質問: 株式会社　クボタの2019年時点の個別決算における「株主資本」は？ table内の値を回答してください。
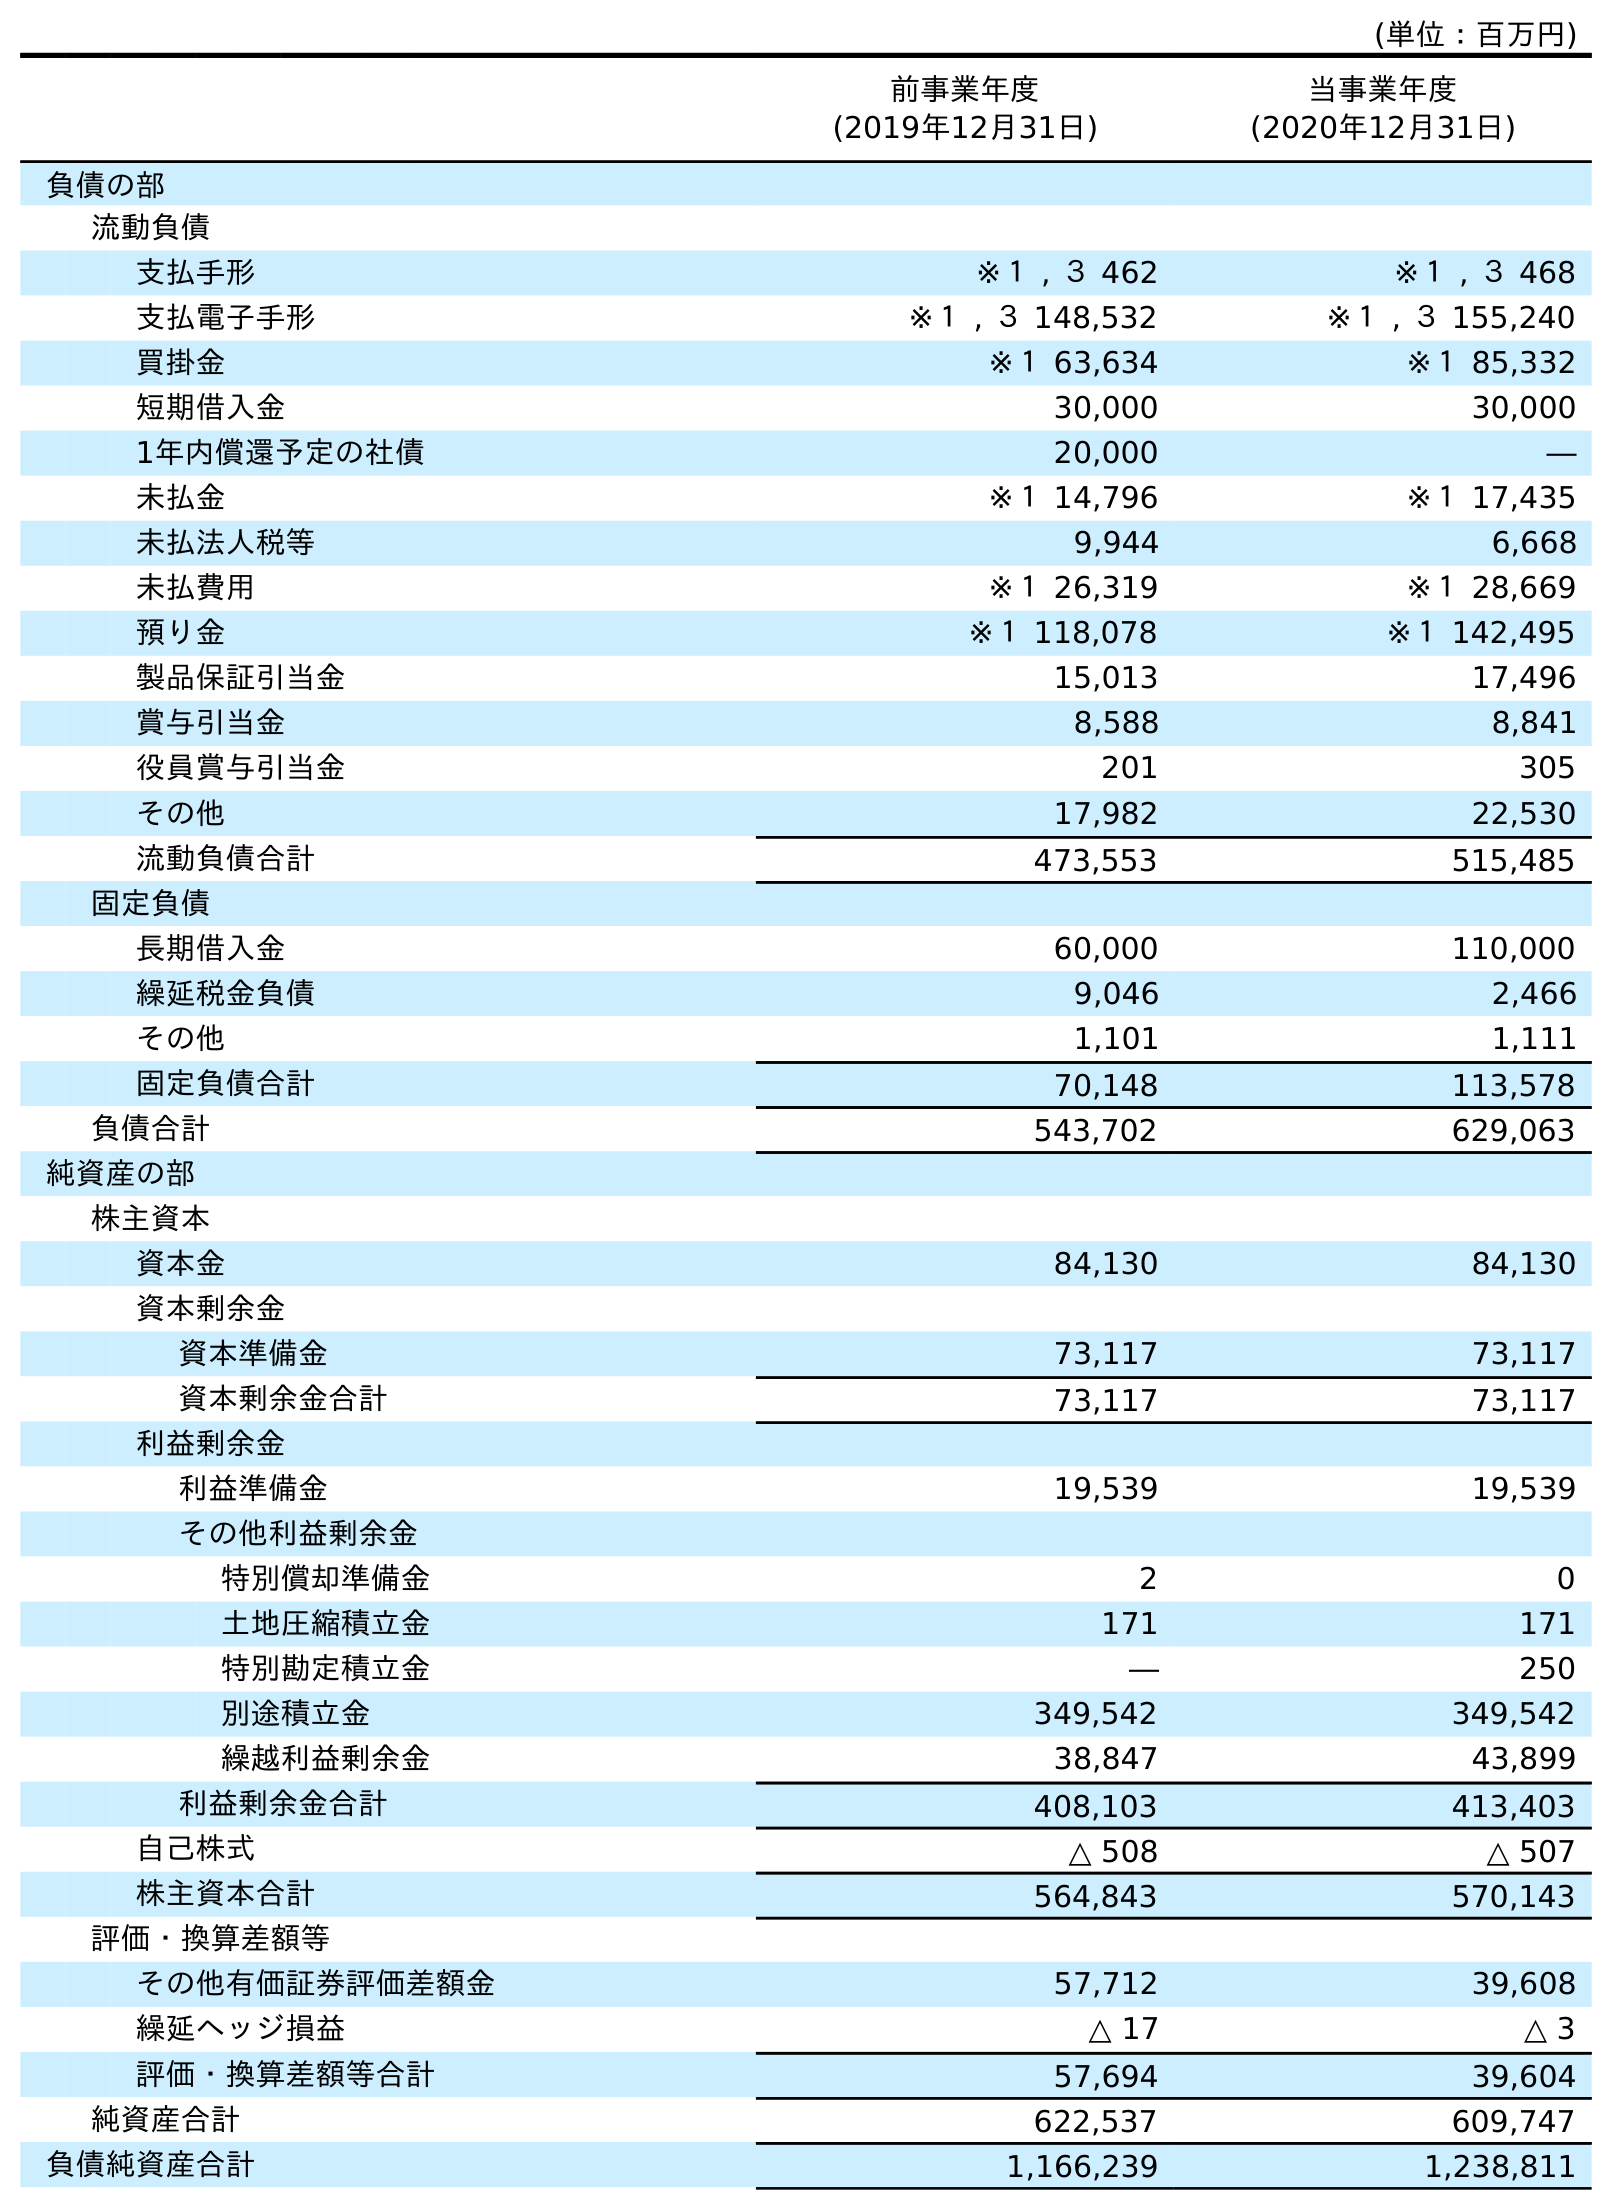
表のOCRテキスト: (単位：百万円) 前事業年度 (2019年12月31日) 当事業年度 (2020年12月31日) 負債の部 流動負債 支払手形 ※１ , ３ 462 ※１ , ３ 468 支払電子手形 ※１ , ３ 148,532 ※１ , ３ 155,240 買掛金 ※１ 63,634 ※１ 85,332 短期借入金 30,000 30,000 1年内償還予定の社債 20,000 ― 未払金 ※１ 14,796 ※１ 17,435 未払法人税等 9,944 6,668 未払費用 ※１ 26,319 ※１ 28,669 預り金 ※１ 118,078 ※１ 142,495 製品保証引当金 15,013 17,496 賞与引当金 8,588 8,841 役員賞与引当金 201 305 その他 17,982 22,530 流動負債合計 473,553 515,485 固定負債 長期借入金 60,000 110,000 繰延税金負債 9,046 2,466 その他 1,101 1,111 固定負債合計 70,148 113,578 負債合計 543,702 629,063 純資産の部 株主資本 資本金 84,130 84,130 資本剰余金 資本準備金 73,117 73,117 資本剰余金合計 73,117 73,117 利益剰余金 利益準備金 19,539 19,539 その他利益剰余金 特別償却準備金 2 0 土地圧縮積立金 171 171 特別勘定積立金 ― 250 別途積立金 349,542 349,542 繰越利益剰余金 38,847 43,899 利益剰余金合計 408,103 413,403 自己株式 △ 508 △ 507 株主資本合計 564,843 570,143 評価・換算差額等 その他有価証券評価差額金 57,712 39,608 繰延ヘッジ損益 △ 17 △ 3 評価・換算差額等合計 57,694 39,604 純資産合計 622,537 609,747 負債純資産合計 1,166,239 1,238,811
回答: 564,843